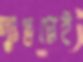
দুঃস্বপ্নেই